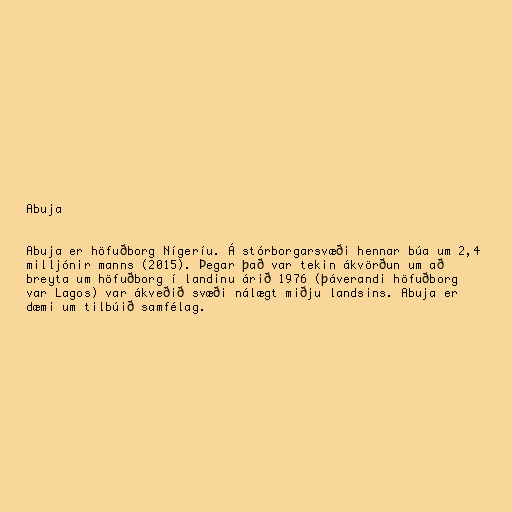
Abuja

Abuja er höfuðborg Nígeríu. Á stórborgarsvæði hennar búa um 2,4
milljónir manns (2015). Þegar það var tekin ákvörðun um að
breyta um höfuðborg í landinu árið 1976 (þáverandi höfuðborg
var Lagos) var ákveðið svæði nálægt miðju landsins. Abuja er
dæmi um tilbúið samfélag.